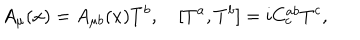
A _ { \mu } ( x ) = A _ { \mu b } ( x ) T ^ { b } , \quad [ T ^ { a } , T ^ { b } ] = i C _ { c } ^ { a b } T ^ { c } ,